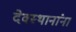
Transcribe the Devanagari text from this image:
देवस्थानांना